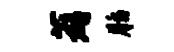
薜脂